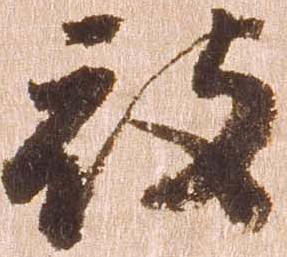
被